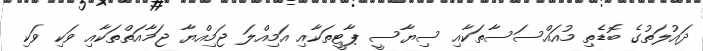
ދައުލަތުގެ ބޮޑެތި މުއައްސަސާތަކާއި ސިޔާސީ ޕާޓީތަކާއި އަމިއްލަ ޖަމިއްޔާ ޖަމާއަތްތަކާއި ވަކި ވަކި